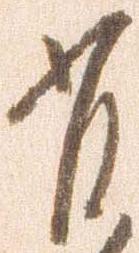
有